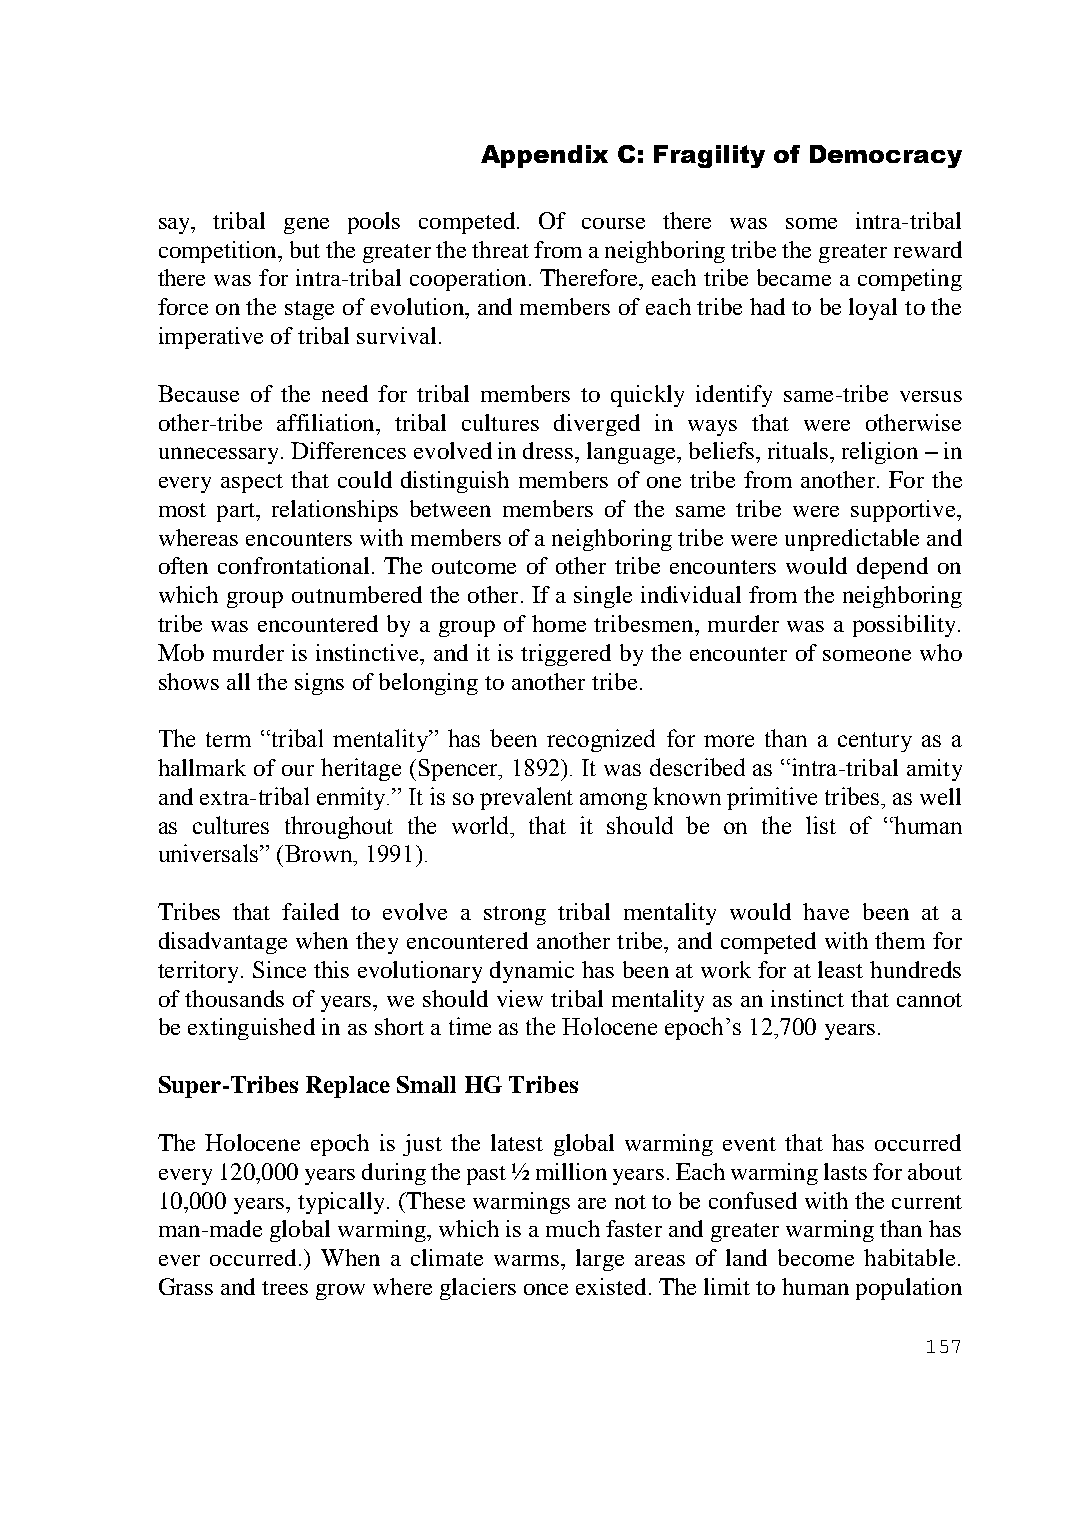
Appendix C: Fragility of Democracy
 say, tribal gene pools competed. Of course there was some intra-tribal
 competition, but the greater the threat from a neighboring tribe the greater reward
 there was for intra-tribal cooperation. Therefore, each tribe became a competing
 force on the stage of evolution, and members of each tribe had to be loyal to the
 imperative of tribal survival.
 Because of the need for tribal members to quickly identify same-tribe versus
 other-tribe affiliation, tribal cultures diverged in ways that were otherwise
 unnecessary. Differences evolved in dress, language, beliefs, rituals, religion – in
 every aspect that could distinguish members of one tribe from another. For the
 most part, relationships between members of the same tribe were supportive,
 whereas encounters with members of a neighboring tribe were unpredictable and
 often confrontational. The outcome of other tribe encounters would depend on
 which group outnumbered the other. If a single individual from the neighboring
 tribe was encountered by a group of home tribesmen, murder was a possibility.
 Mob murder is instinctive, and it is triggered by the encounter of someone who
 shows all the signs of belonging to another tribe.
 The term “tribal mentality” has been recognized for more than a century as a
 hallmark of our heritage (Spencer, 1892). It was described as “intra-tribal amity
 and extra-tribal enmity.” It is so prevalent among known primitive tribes, as well
 as cultures throughout the world, that it should be on the list of “human
 universals” (Brown, 1991).
 Tribes that failed to evolve a strong tribal mentality would have been at a
 disadvantage when they encountered another tribe, and competed with them for
 territory. Since this evolutionary dynamic has been at work for at least hundreds
 of thousands of years, we should view tribal mentality as an instinct that cannot
 be extinguished in as short a time as the Holocene epoch’s 12,700 years.
 Super-Tribes Replace Small HG Tribes
 The Holocene epoch is just the latest global warming event that has occurred
 every 120,000 years during the past ½ million years. Each warming lasts for about
 10,000 years, typically. (These warmings are not to be confused with the current
 man-made global warming, which is a much faster and greater warming than has
 ever occurred.) When a climate warms, large areas of land become habitable.
 Grass and trees grow where glaciers once existed. The limit to human population
 157